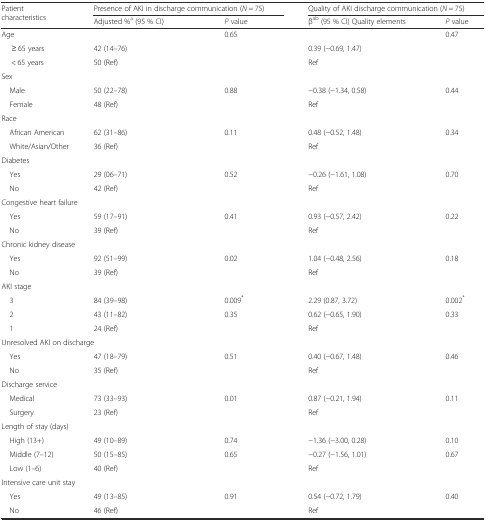
<table><thead><tr><td rowspan="2"><b>Patient characteristics</b></td><td colspan="2"><b>Presence of AKI in discharge communication (<i>N</i> = 75)</b></td><td colspan="2"><b>Quality of AKI discharge communication (<i>N</i> = 75)</b></td></tr><tr><td><b>Adjusted %<sup>a</sup> (95 % CI)</b></td><td><b><i>P</i> value</b></td><td><b>β<sup>ab</sup> (95 % CI) Quality elements</b></td><td><b><i>P</i> value</b></td></tr></thead><tbody><tr><td>Age</td><td></td><td>0.65</td><td></td><td>0.47</td></tr><tr><td>≥ 65 years</td><td>42 (14–76)</td><td></td><td>0.39 (−0.69, 1.47)</td><td></td></tr><tr><td>&lt; 65 years</td><td>50 (Ref)</td><td></td><td>Ref</td><td></td></tr><tr><td colspan="5">Sex</td></tr><tr><td> Male</td><td>50 (22–78)</td><td>0.88</td><td>−0.38 (−1.34, 0.58)</td><td>0.44</td></tr><tr><td> Female</td><td>48 (Ref)</td><td></td><td>Ref</td><td></td></tr><tr><td colspan="5">Race</td></tr><tr><td> African American</td><td>62 (31–86)</td><td>0.11</td><td>0.48 (−0.52, 1.48)</td><td>0.34</td></tr><tr><td> White/Asian/Other</td><td>36 (Ref)</td><td></td><td>Ref</td><td></td></tr><tr><td colspan="5">Diabetes</td></tr><tr><td> Yes</td><td>29 (06–71)</td><td>0.52</td><td>−0.26 (−1.61, 1.08)</td><td>0.70</td></tr><tr><td> No</td><td>42 (Ref)</td><td></td><td>Ref</td><td></td></tr><tr><td colspan="5">Congestive heart failure</td></tr><tr><td> Yes</td><td>59 (17–91)</td><td>0.41</td><td>0.93 (−0.57, 2.42)</td><td>0.22</td></tr><tr><td> No</td><td>39 (Ref)</td><td></td><td>Ref</td><td></td></tr><tr><td colspan="5">Chronic kidney disease</td></tr><tr><td> Yes</td><td>92 (51–99)</td><td>0.02</td><td>1.04 (−0.48, 2.56)</td><td>0.18</td></tr><tr><td> No</td><td>39 (Ref)</td><td></td><td>Ref</td><td></td></tr><tr><td colspan="5">AKI stage</td></tr><tr><td> 3</td><td>84 (39–98)</td><td>0.009<sup>*</sup></td><td>2.29 (0.87, 3.72)</td><td>0.002<sup>*</sup></td></tr><tr><td> 2</td><td>43 (11–82)</td><td>0.35</td><td>0.62 (−0.65, 1.90)</td><td>0.33</td></tr><tr><td> 1</td><td>24 (Ref)</td><td></td><td>Ref</td><td></td></tr><tr><td colspan="5">Unresolved AKI on discharge</td></tr><tr><td> Yes</td><td>47 (18–79)</td><td>0.51</td><td>0.40 (−0.67, 1.48)</td><td>0.46</td></tr><tr><td> No</td><td>35 (Ref)</td><td></td><td>Ref</td><td></td></tr><tr><td colspan="5">Discharge service</td></tr><tr><td> Medical</td><td>73 (33–93)</td><td>0.01</td><td>0.87 (−0.21, 1.94)</td><td>0.11</td></tr><tr><td> Surgery</td><td>23 (Ref)</td><td></td><td>Ref</td><td></td></tr><tr><td colspan="5">Length of stay (days)</td></tr><tr><td> High (13+)</td><td>49 (10–89)</td><td>0.74</td><td>−1.36 (−3.00, 0.28)</td><td>0.10</td></tr><tr><td> Middle (7–12)</td><td>50 (15–85)</td><td>0.65</td><td>−0.27 (−1.56, 1.01)</td><td>0.67</td></tr><tr><td> Low (1–6)</td><td>40 (Ref)</td><td></td><td>Ref</td><td></td></tr><tr><td colspan="5">Intensive care unit stay</td></tr><tr><td> Yes</td><td>49 (13–85)</td><td>0.91</td><td>0.54 (−0.72, 1.79)</td><td>0.40</td></tr><tr><td> No</td><td>46 (Ref)</td><td></td><td>Ref</td><td></td></tr></tbody></table>